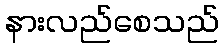
နားလည်စေသည်